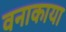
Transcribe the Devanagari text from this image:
वनाकाया